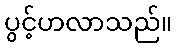
ပွင့်ဟလာသည်။